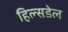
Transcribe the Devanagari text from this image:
हिल्सडेल